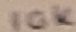
Text: 10K